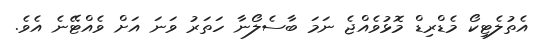
އެތުލެޓިކޯ މެޑްރިޑް މޮޅުވެއްޖެ ނަމަ ބާސެލޯނާ ހަތަރު ވަނަ އަށް ވެއްޓޭނެ އެވެ.